Civil Veterinary Department Bengal reports 1923-33 - 1923-1933
Year: 1923
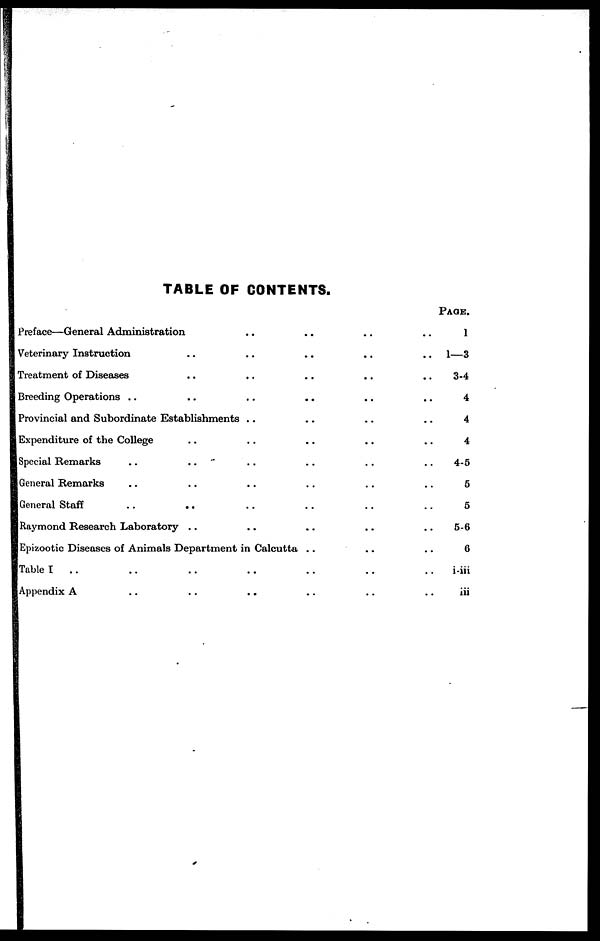
TABLE OF CONTENTS.
Preface—General Administration
Veterinary Instruction
Treatment of Diseases
Breeding Operations ..
..
..
..
Provincial and Subordinate Establishments
Expenditure of the College
Special Remarks ..
General Remarks ..
General Staff ..
..
..
..
..
Raymond Research Laboratory ..
..
..
..
..
..
..
..
..
..
..
..
..
..
..
..
..
..
..
..
..
Epizootic Diseases of Animals Department in Calcutta ..
Table I .. ..
Appendix A ..
..
..
..
..
..
..
..
..
..
..
..
..
..
..
..
..
..
..
..
..
..
..
..
..
..
..
..
..
..
..
..
..
PAGE.
1
1—3
3-4
4
4
4
4-5
5
5
5-6
6
i-iii
iii